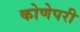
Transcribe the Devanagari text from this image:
कोणेपरी